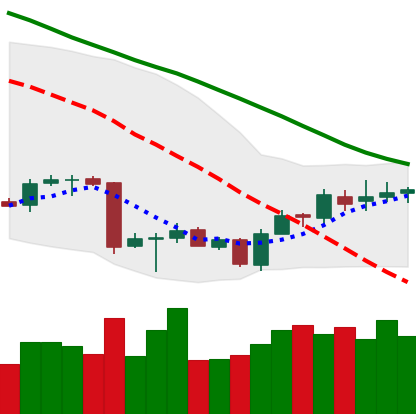
Ticker: BTC-USD
Chart end date: 2018-07-06
Forward return: -4.178%
Label: down_3_5